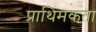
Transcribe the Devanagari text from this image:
प्राथिमकता